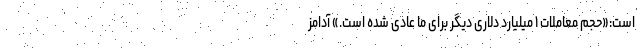
است:«حجم معاملات ۱ میلیارد دلاری دیگر برای ما عادی شده است.» آدامز